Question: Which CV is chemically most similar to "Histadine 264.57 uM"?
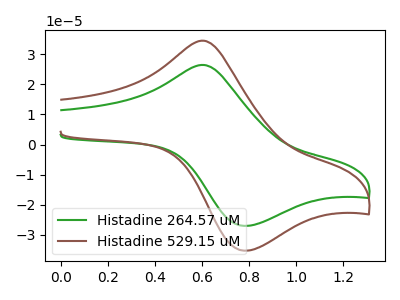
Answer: <think>The green curve "Histadine 264.57 uM" has an anodic peak at (0.60V, 26.40uA) and a cathodic peak at (0.80V, -27.00uA). The brown curve "Histadine 529.15 uM" has an anodic peak at (0.60V, 34.45uA) and a cathodic peak at (0.80V, -35.25uA).
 All the peaks in "Histadine 264.57 uM" have a peak in "Histadine 529.15 uM" at the same potential. Every peak in "Histadine 264.57 uM" is lower than every peak in "Histadine 529.15 uM".</think>
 <answer>The CV with the most similar shape to "Histadine 529.15 uM" is "Histadine 264.57 uM".</answer>
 <eval>"Histadine 264.57 uM"</eval>